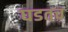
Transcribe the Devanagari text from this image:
घडतच